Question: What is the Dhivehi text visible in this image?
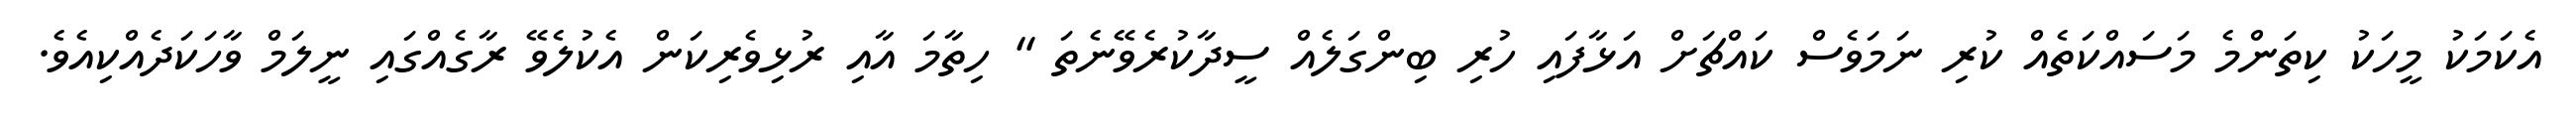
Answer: އެކަމަކު މީހަކު ކިތަންމެ މަސައްކަތެއް ކުރި ނަމަވެސް ކައްޗަށް އަޅާފައި ހުރި ބިންގަލެއް ސީދާކުރެވޭނެތަ " ހިތާމަ އާއި ރުޅިވެރިކަން އެކުލެވޭ ރާގެއްގައި ނީލަމް ވާހަކަދެއްކިއެވެ.